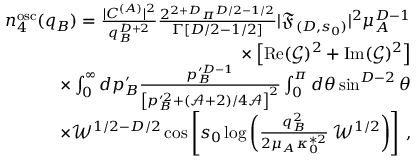
\begin{array} { r l r } & { } & { n _ { 4 } ^ { \mathrm { o s c } } ( q _ { B } ) = \frac { | C ^ { ( A ) } | ^ { 2 } } { q _ { B } ^ { D + 2 } } \frac { 2 ^ { 2 + D } \pi ^ { D / 2 - 1 / 2 } } { \Gamma [ D / 2 - 1 / 2 ] } | \mathfrak { F } _ { ( D , s _ { 0 } ) } | ^ { 2 } \mu _ { A } ^ { D - 1 } } \\ & { } & { \times \left[ \operatorname { R e } ( \mathcal { G } ) ^ { 2 } + \operatorname { I m } ( \mathcal { G } ) ^ { 2 } \right] } \\ & { } & { \times \int _ { 0 } ^ { \infty } d p _ { B } ^ { \prime } \frac { p _ { B } ^ { \prime D - 1 } } { \left[ p _ { B } ^ { \prime 2 } + ( \mathcal { A } + 2 ) / 4 \mathcal { A } \right] ^ { 2 } } \int _ { 0 } ^ { \pi } d \theta \sin ^ { D - 2 } \theta } \\ & { } & { \times \mathcal { W } ^ { 1 / 2 - D / 2 } \cos \left[ s _ { 0 } \log \left( \frac { q _ { B } ^ { 2 } } { 2 \mu _ { A } \kappa _ { 0 } ^ { * 2 } } \, \mathcal { W } ^ { 1 / 2 } \right) \right] \, , } \end{array}